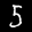
Label: 5